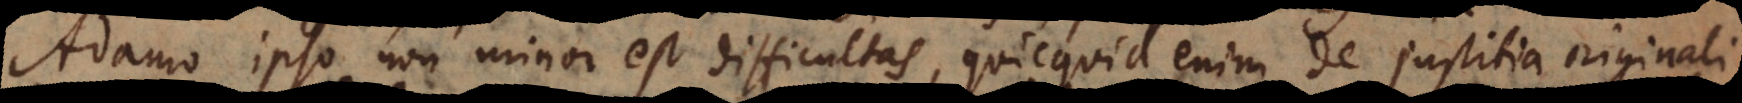
Adamo ipso non minor est difficultas, quicquid enim de justitia originali